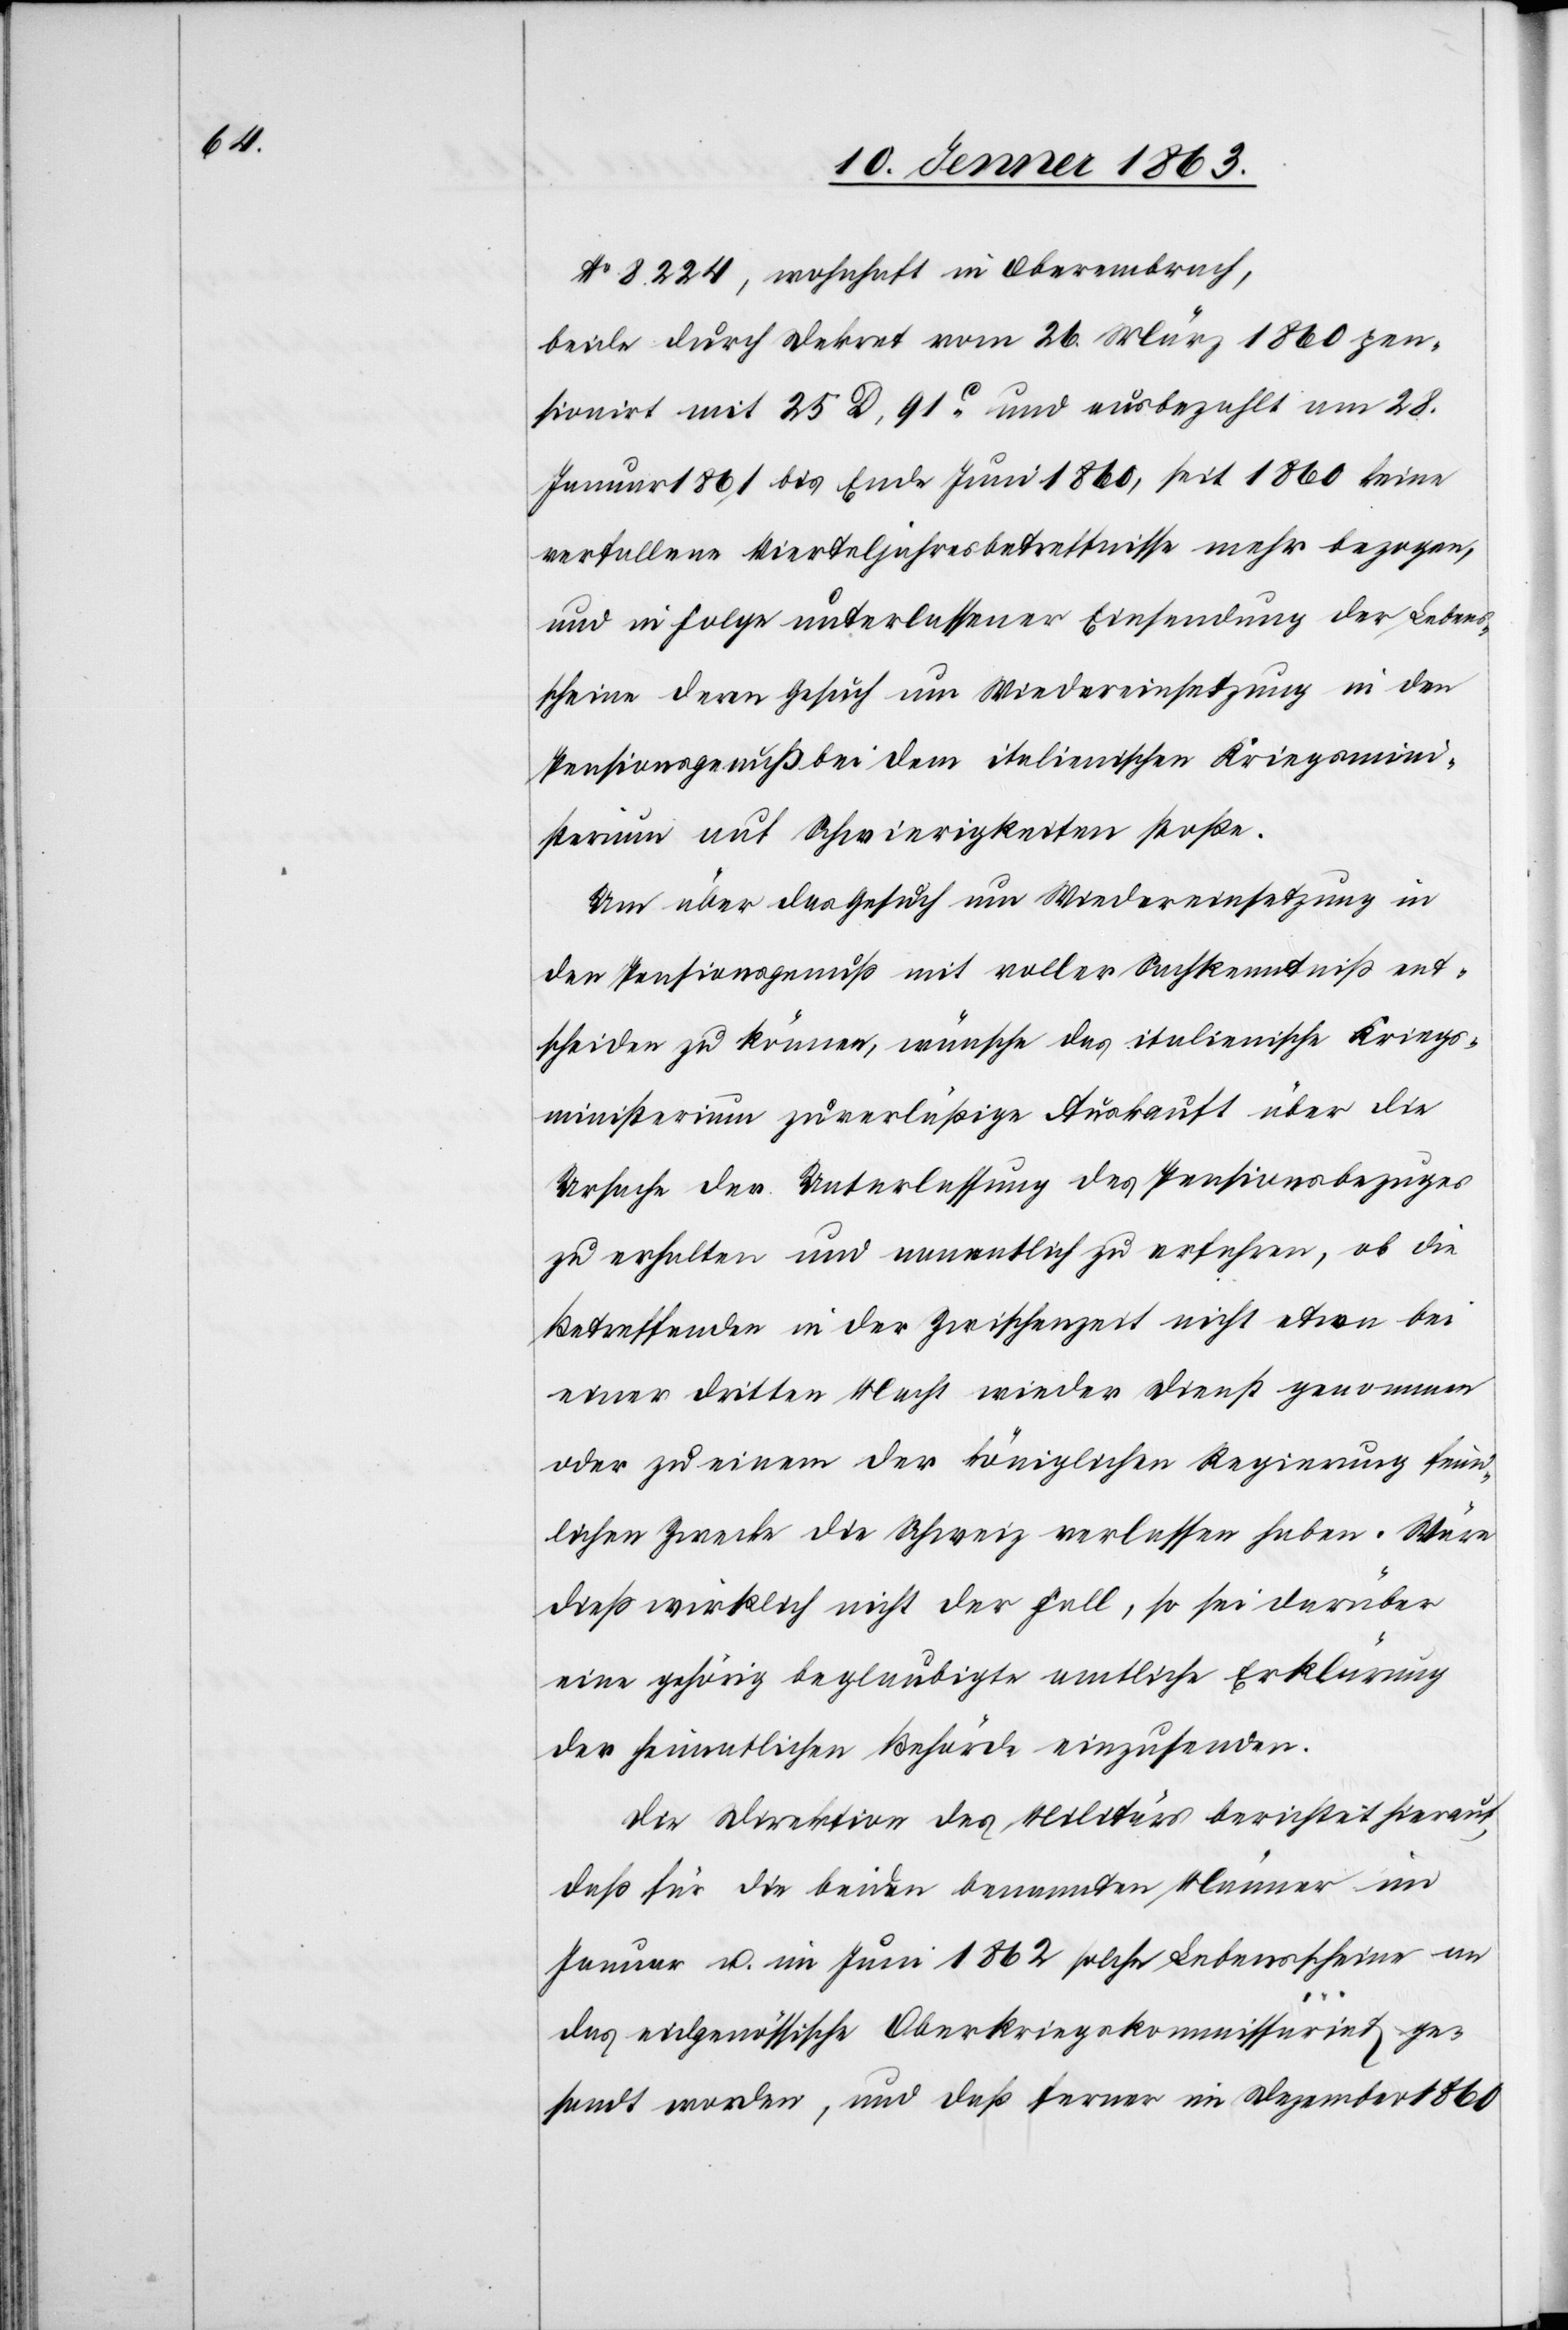
No 8224, wohnhaft in Oberembrach,
beide durch Dekret vom 26. März 1860 pen¬
sionirt mit 25 D. 91c und ausbezahlt am 28.
Januar 1861 bis Ende Juni 1860, seit 1860 keine
verfallene Vierteljahresbetreffnisse mehr bezogen,
und in Folge unterlassener Einsendung der Lebens¬
scheine deren Gesuch um Wiedereinsetzung in den
Pensionsgenuß bei dem italienischen Kriegsmini¬
sterium auf Schwierigkeiten stoße.
Um über das Gesuch um Wiedereinsetzung in
den Pensionsgenuß mit voller Sachkenntniß ent¬
scheiden zu können, wünsche das italienische Kriegs¬
ministerium zuverläßige Auskauft [sic!] über die
Ursache der Unterlassung des Pensionsbezuges
zu erhalten und namentlich zu erfahren, ob die
Betreffenden in der Zwischenzeit nicht etwa bei
einer dritten Macht wieder Dienst genommen
oder zu einem der königlichen Regierung feind¬
lichen Zwecke die Schweiz verlassen haben. Wäre
dieß wirklich nicht der Fall, so sei darüber
eine gehörig beglaubigte amtliche Erklärung
der heimatlichen Behörde einzusenden.
Die Direktion des Militärs berichtet hierauf,
daß für die beiden benannten Männer im
Januar u. im Juni 1862 solche Lebensscheine an
das eidgenössische Oberkriegskommissariat ge¬
sandt worden, und daß ferner im Dezember 1860